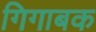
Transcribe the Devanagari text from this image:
गिगाबक